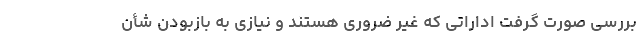
بررسی صورت گرفت اداراتی که غیر ضروری هستند و نیازی به بازبودن شأن